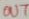
Text: OUT